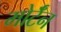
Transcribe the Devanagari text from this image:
मोर्टॅन